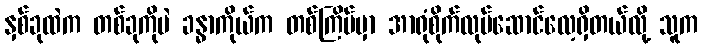
နှစ်ခုထဲက တစ်ခုကိုပဲ ခန္ဓာကိုယ်က တစ်ကြိမ်မှာ အာရုံစိုက်လုပ်ဆောင်လေ့ရှိတယ်လို့ သူက